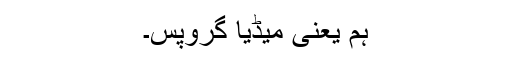
ہم یعنی میڈیا گروپس۔